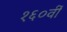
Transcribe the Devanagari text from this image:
१६०वीं